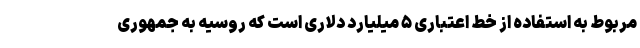
مربوط به استفاده از خط اعتباری ۵ میلیارد دلاری است که روسیه به جمهوری